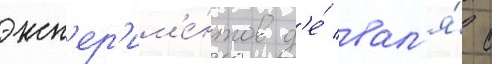
эксп'ер'им'е́нтов д'е́ вал'я́ с